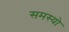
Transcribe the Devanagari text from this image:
समस्यो